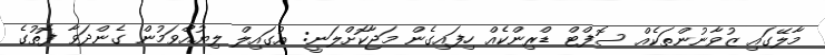
މާލޭގައި ޒުވާނުންތަކެއް ސޮފްޓް ޑްރިންކެއް ހިފައިގެން މަޖާކޮށްލަނީ: އުގައިލް ލިޔުއްވަމުން ގެންދަވާ ފޮތުުގެ